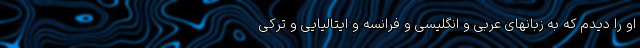
او را دیدم که به زبانهای عربی و انگلیسی و فرانسه و ایتالیایی و ترکی